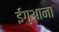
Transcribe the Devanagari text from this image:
ईगुआना